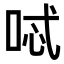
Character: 𠴆